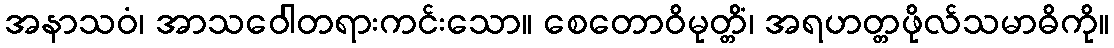
အနာသဝံ၊ အာသဝေါတရားကင်းသော။ စေတောဝိမုတ္တိံ၊ အရဟတ္တဖိုလ်သမာဓိကို။